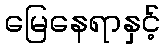
မြေနေရာနှင့်